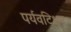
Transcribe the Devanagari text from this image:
पर्यवटिक्षत